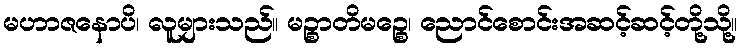
မဟာဇနောပိ၊ လူများသည်။ မဉ္စာတိမဉ္စေ၊ ညောင်စောင်းအဆင့်ဆင့်တို့သို့။